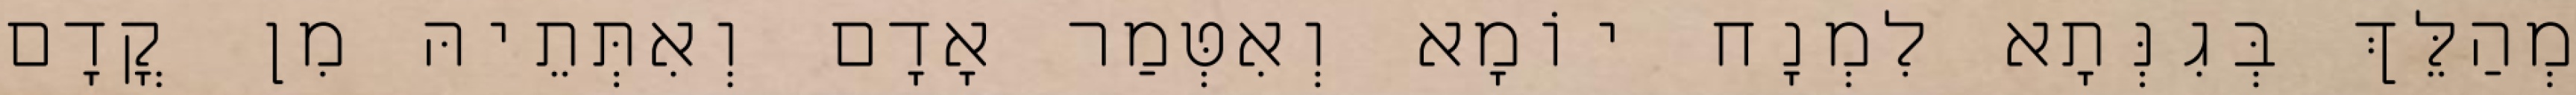
מְהַלֵּךְ בְּגִנְּתָא לִמְנָח יוֹמָא וְאִטְּמַר אָדָם וְאִתְּתֵיהּ מִן קֳדָם